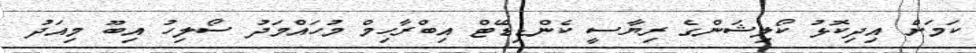
ކަމަށް އިދިކޮޅު ކޯލިޝަންގެ ރިޔާސީ ކެންޑިޑޭޓް އިބްރާހިމް މުހައްމަދު ސޯލިހު އިބޫ މިއަދު